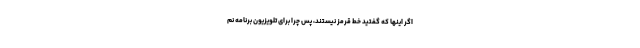
اگر اینها که گفتید خط قرمز نیستند، پس چرا برای تلویزیون برنامه نم